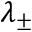
\lambda _ { \pm }